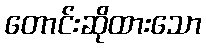
တောင်းဆိုထားသော